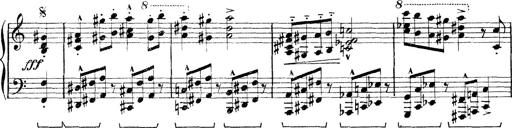
Title: Rapsodie: 19 ungheresi, 1 spagnuola
Composer: Franz Liszt